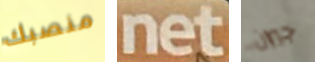
منصبك net جيران